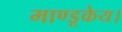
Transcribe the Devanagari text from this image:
माण्डूकेय।